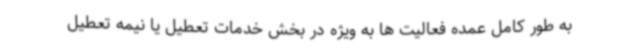
به طور کامل عمده فعالیت ها به ویژه در بخش خدمات تعطیل یا نیمه تعطیل